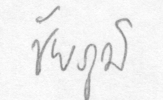
ชัยภูมิ